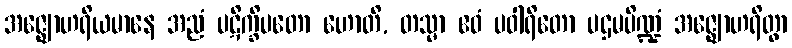
အဇ္ဈောဟရိယမာနေ အညံ ပဋိက္ခိပတော ဟောတိ, တသ္မာ ဧဝံ ပဝါရိတော ပဌမပိဏ္ဍံ အဇ္ဈောဟရိတွာ